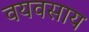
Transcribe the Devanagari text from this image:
वयवसाय